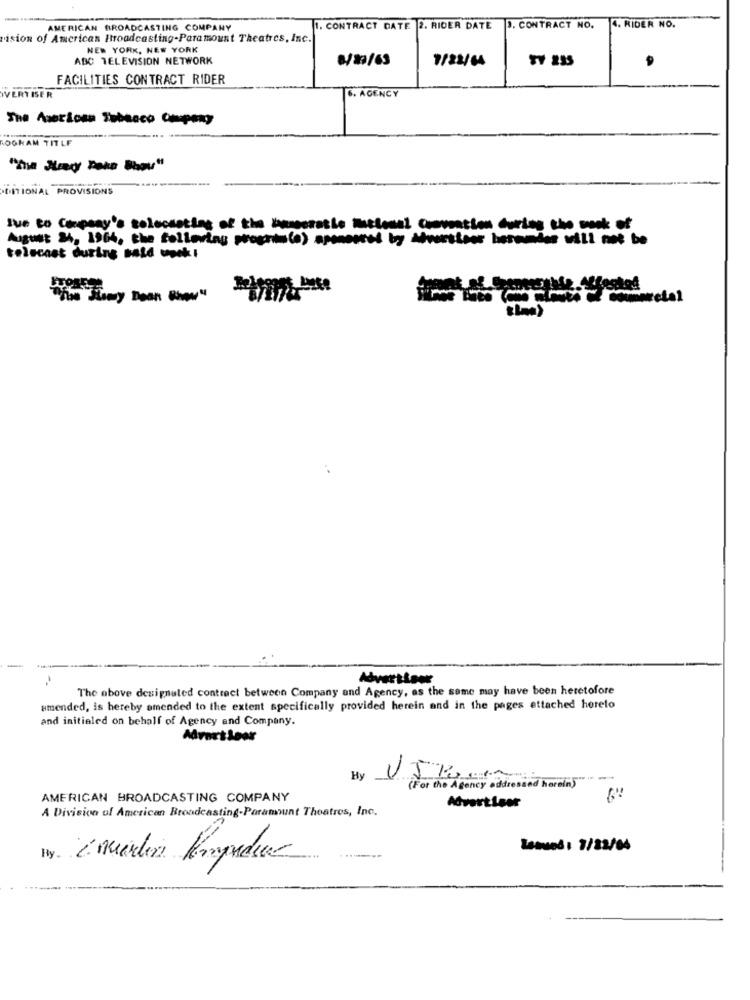
AMERICAN BROADCASTING COMPANY
I. CONTRACT DATE 2. RIDER DATE 3. CONTRACT NO.
4. RIDER NO.
vision of American Broadcasting-Paramount Theatres, Inc.
NEW YORK, NEW YORK
ABC TELEVISION NETWORK
8/29/69
7/22/64
FACILITIES CONTRACT RIDER
IVERTISER
6. AGENCY
The Americas Tabasco Company
OOKAM TITLE
·EITIONAL PROVISIONS
I've to Company's soloousting of the kamocratie macional Commeation during the book of
August 31, 1964, the following program(e) sponsored by Advertiser beromder will not be
telecast during said work !
The above designated contract between Company and Agency, as the same may have been heretofore
umended, is hereby amended to the extent specifically provided herein and in the pages attached hereto
and initialed on behalf of Agency and Company.
Advart Loor
-
By
(For the Agency addressed horcin"" " ""
AMERICAN BROADCASTING COMPANY
A Division of American Broadcasting-Paramount Theatres, Inc.
Advertiser
Lemans : 7/22/64